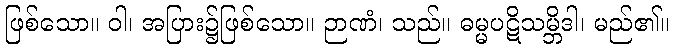
ဖြစ်သော။ ဝါ၊ အပြား၌ဖြစ်သော။ ဉာဏံ၊ သည်။ ဓမ္မပဋိသမ္ဘိဒါ၊ မည်၏။